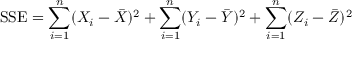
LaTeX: { \mathrm { S S E } } = \sum _ { i = 1 } ^ { n } ( X _ { i } - { \bar { X } } ) ^ { 2 } + \sum _ { i = 1 } ^ { n } ( Y _ { i } - { \bar { Y } } ) ^ { 2 } + \sum _ { i = 1 } ^ { n } ( Z _ { i } - { \bar { Z } } ) ^ { 2 }